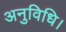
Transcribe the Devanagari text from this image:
अनुविधि।